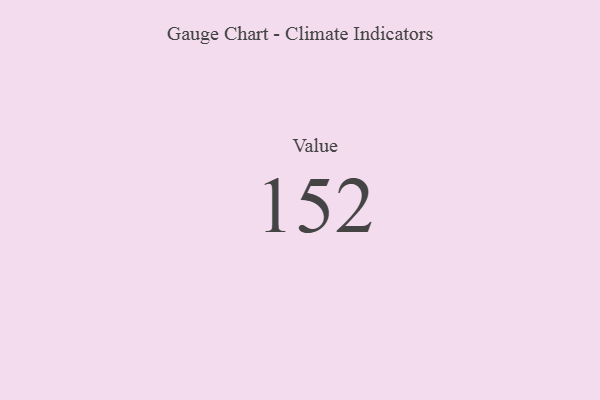
{"axis": {"x": "Metric", "y": "Value"}, "legend": [""], "data": [{"x": "Value", "y": 152, "type": ""}]}